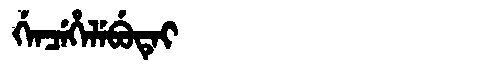
Manchu: ᡤᡝᠨᠴᡝᡥᡝᠯᡝᠪᡠᡨᡝᡳ
Romanization: GENCEHELEBUTEI